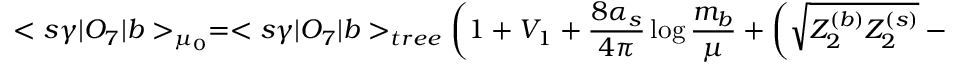
< s \gamma | O _ { 7 } | b > _ { \mu _ { 0 } } = < s \gamma | O _ { 7 } | b > _ { t r e e } \left( 1 + V _ { 1 } + \frac { 8 \alpha _ { s } } { 4 \pi } \log \frac { m _ { b } } { \mu } + \left( \sqrt { Z _ { 2 } ^ { ( b ) } Z _ { 2 } ^ { ( s ) } } - 1 \right) \right) .